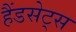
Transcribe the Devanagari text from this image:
हैंडसेट्स